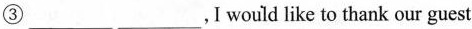
③___ ___,Iwould like to thank our guest